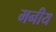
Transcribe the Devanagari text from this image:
मनीय